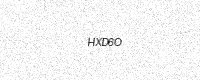
Text: HXD6O